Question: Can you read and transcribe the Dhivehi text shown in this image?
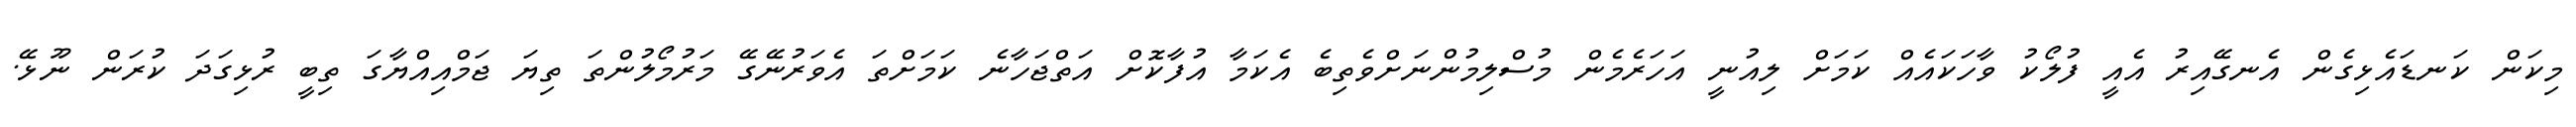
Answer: މިކަން ކަނޑައެޅިގެން އެނގޭއިރު އެއީ ފުލޯކު ވާހަކައެއް ކަމަށް ލިއުނީ އަހަރެމެން މުސްލިމުންނަށްވެތިބެ އެކަމާ އުފާކޮށް އަތްޖަހާނެ ކަމަށްތަ އެވަރުނޭގޭ މަރުމޯލުންތަ ތިޔަ ޖަމްއިއްޔާގަ ތިބީ ރުޅިގަދަ ކުރަން ނޫޅޭ.